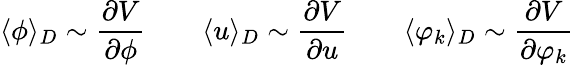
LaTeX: \langle\phi\rangle_{D}\sim\frac{\partial V}{\partial\phi}\qquad\langle u\rangle_{D}\sim\frac{\partial V}{\partial u}\qquad\langle\varphi_{k}\rangle_{D}\sim\frac{\partial V}{\partial\varphi_{k}}